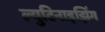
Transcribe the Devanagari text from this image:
ल्युटिनाइझिंग